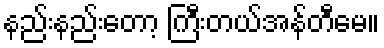
နည်းနည်းတော့ ကြီးတယ်အန်တီမေ။